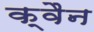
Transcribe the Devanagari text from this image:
क्वैन